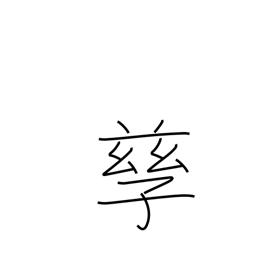
Meaning: bear children